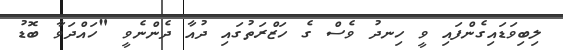
ލިބިވަޑައިގެންފައި ވީ ހިނދު ވެސް ގެ ހަޒްރަތުގައި ދުއާ ދެންނެވީ "ހައްދަވާ ބޮޑު